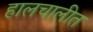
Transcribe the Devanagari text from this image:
हालचालीत